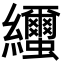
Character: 𦇼